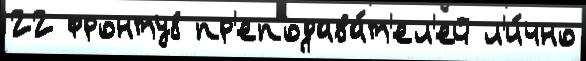
22 фронту8 пр'еподава́т'ел'ей л'и́чно